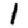
Digit: 1